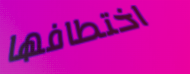
اختطافها